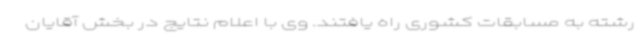
رشته به مسابقات کشوری راه یافتند. وی با اعلام نتایج در بخش آقایان